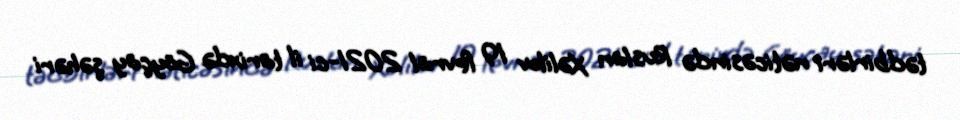
tədbirləri nəticəsində Ruslan Xəlilov 19 fevral 2021-ci il tarixdə Göyçay şəhəri